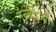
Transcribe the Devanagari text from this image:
नॅनोत्रिज्यी